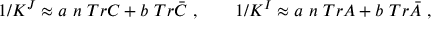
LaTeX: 1 / K ^ { J } \approx a \ n \ T r C + b \ T r \bar { C } \ , \qquad 1 / K ^ { I } \approx a \ n \ T r A + b \ T r \bar { A } \ ,